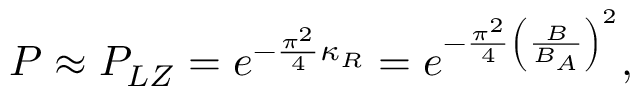
P \approx P _ { L Z } = e ^ { - \frac { \pi ^ { 2 } } { 4 } \kappa _ { R } } = e ^ { - \frac { \pi ^ { 2 } } { 4 } \left( \frac { B } { B _ { A } } \right) ^ { 2 } } ,